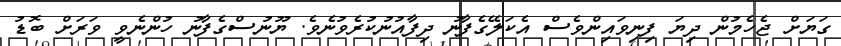
ގަޔަށް ޖެހެމުން ދިޔަ ފިނިވައިންވެސް އެކަލޭގެފާނު ދިފާއުނުކުރެވުނެވެ. ޔޫނުސްގެފާނު ހުންނެވީ ވަރަށް ބޮޑު